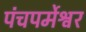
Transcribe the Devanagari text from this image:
पंचपर्मेश्वर